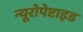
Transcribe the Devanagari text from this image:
न्यूरोपेप्टाइड